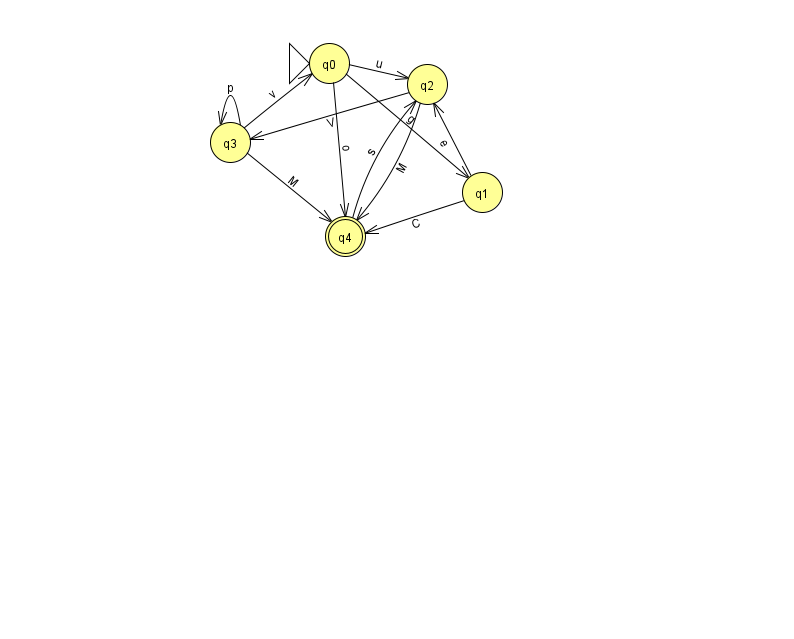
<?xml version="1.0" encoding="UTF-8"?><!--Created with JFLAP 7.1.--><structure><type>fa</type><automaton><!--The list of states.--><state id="0" name="q0"><x>329.0</x><y>50.0</y><initial/></state><state id="1" name="q1"><x>482.0</x><y>179.0</y></state><state id="2" name="q2"><x>427.0</x><y>71.0</y></state><state id="3" name="q3"><x>230.0</x><y>129.0</y></state><state id="4" name="q4"><x>345.0</x><y>223.0</y><final/></state><!--The list of transitions.--><transition><from>3</from><to>3</to><read>p</read></transition><transition><from>4</from><to>2</to><read>s</read></transition><transition><from>3</from><to>4</to><read>M</read></transition><transition><from>0</from><to>2</to><read>u</read></transition><transition><from>1</from><to>2</to><read>e</read></transition><transition><from>0</from><to>1</to><read>g</read></transition><transition><from>2</from><to>4</to><read>M</read></transition><transition><from>0</from><to>4</to><read>o</read></transition><transition><from>1</from><to>4</to><read>C</read></transition><transition><from>2</from><to>3</to><read>V</read></transition><transition><from>3</from><to>0</to><read>v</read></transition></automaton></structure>